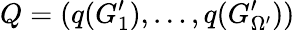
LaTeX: Q=(q(G_{1}^{\prime}),\dots,q(G_{\Omega^{\prime}}^{\prime}))